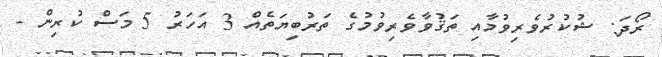
ރޯދަ: ޝުކުރުވެރިވުމާއި ތަޤުވާވެރިވުމުގެ ތަރުބިޔަތެއް 3 އަހަރު 5 މަސް ކުރިން -